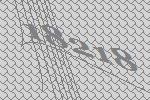
18218